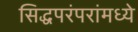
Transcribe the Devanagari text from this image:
सिद्धपरंपरांमध्ये